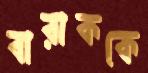
বারাককে